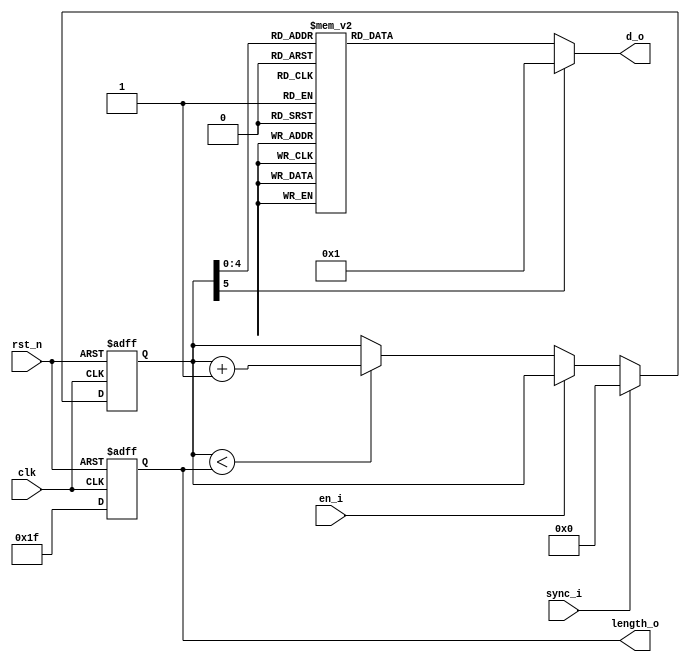
//-------------------------------------------------------------------
//                                                                 
//  COPYRIGHT (C) 2012, Renfeng Dou, Fudan University
//                                                                  
//  THIS FILE MAY NOT BE MODIFIED OR REDISTRIBUTED WITHOUT THE      
//  EXPRESSED WRITTEN CONSENT OF Renfeng Dou
//                                                                  
//  Renfeng Dou				email:12212020002@fudan.edu.cn     
//  Fudan University        www.fudan.edu.cn              
//-------------------------------------------------------------------
// Description    : 
//               
// $Id$ 
//------------------------------------------------------------------- 

//synopsys_translate_off
`timescale 1ns/1ns
//synopsys_translate_on

module name_rom(
			clk,
			rst_n,
			sync_i,
			en_i,
			d_o,
			length_o
);

// ********************************************
//                                             
//    INPUT / OUTPUT DECLARATION               
//                                             
// ********************************************
input			clk;
input			rst_n;
input			sync_i;
input			en_i;
output [8:0]	d_o;
output [5:0]	length_o;

// ********************************************      
//                                             
//    Register DECLARATION                         
//                                             
// ********************************************
reg [5:0]		counter_r;

// ********************************************
//                                             
//    Wire DECLARATION                         
//                                             
// ********************************************
reg [8:0]		d_o;
reg [5:0]		length_o;

// *******************************************
//                                             
//    Combinational Logic                         
//                                             
// ********************************************
always @ (counter_r)
begin
	case(counter_r)
	6'd0:d_o	= 9'b111111000;
	6'd1:d_o	= {8'h00,1'b1}; //space
	6'd2:d_o	= {8'h24,1'b1}; // D
	6'd3:d_o	= {8'h4f,1'b1};
	6'd4:d_o	= {8'h55,1'b1};
	6'd5:d_o	= {8'h00,1'b1};
	6'd6:d_o	= {8'h32,1'b1};
	6'd7:d_o	= {8'h45,1'b1};
	6'd8:d_o	= {8'h4e,1'b1};
	6'd9:d_o	= {8'h00,1'b1};
	6'd10:d_o	= {8'h26,1'b1};
	6'd11:d_o	= {8'h45,1'b1};
	6'd12:d_o	= {8'h4e,1'b1};
	6'd13:d_o	= {8'h47,1'b1};
	6'd14:d_o	= {8'h00,1'b1};
	6'd15:d_o	= {8'h00,1'b1};
	6'd16:d_o	= {8'h26,1'b1};
	6'd17:d_o	= {8'h55,1'b1};
	6'd18:d_o	= {8'h44,1'b1};
	6'd19:d_o	= {8'h41,1'b1};
	6'd20:d_o	= {8'h4e,1'b1};
	6'd21:d_o	= {8'h00,1'b1};
	6'd22:d_o	= {8'h35,1'b1};
	6'd23:d_o	= {8'h4e,1'b1};
	6'd24:d_o	= {8'h49,1'b1};
	6'd25:d_o	= {8'h56,1'b1};
	6'd26:d_o	= {8'h45,1'b1};
	6'd27:d_o	= {8'h52,1'b1};
	6'd28:d_o	= {8'h53,1'b1};
	6'd29:d_o	= {8'h49,1'b1};
	6'd30:d_o	= {8'h54,1'b1};
	6'd31:d_o	= {8'h59,1'b1};
	default:d_o = {9'h00,1'b1};
	endcase
end
// ********************************************
//                                             
//    Sequential Logic                         
//                                             
// ********************************************
always @ (posedge clk or negedge rst_n)
begin
	if(!rst_n)
		begin
			length_o	<= 6'd31;
			counter_r	<= 6'd0;
		end
	else
		begin
			length_o	<= 6'd31;
			if(sync_i)
				counter_r	<= 6'd0;
			else if(!en_i)
				if(counter_r<length_o)
					counter_r <= counter_r + 1'b1;
		end
end





endmodule